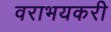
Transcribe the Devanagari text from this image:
वराभयकरी